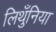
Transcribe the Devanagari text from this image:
लिथुँनिया